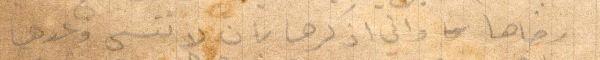
رضاها واني اذكرها بان لا تنسى وعدها